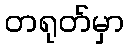
တရုတ်မှာ